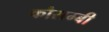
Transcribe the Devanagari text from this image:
कौसम्बी